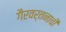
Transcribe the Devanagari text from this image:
गैरवर्तनाची